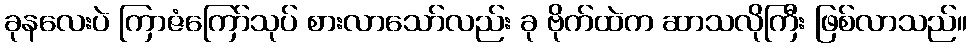
ခုနလေးပဲ ကြာဇံကြော်သုပ် စားလာသော်လည်း ခု ဗိုက်ထဲက ဆာသလိုကြီး ဖြစ်လာသည်။